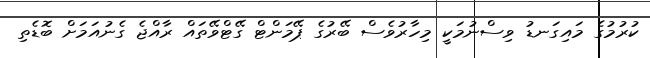
ކުރުމުގެ މައިގަނޑު ވިސްނުމަކީ މިހާރުވެސް ބޭރުގެ ޕޭމަންޓް ގޭޓްވޭތައް ރާއްޖެ ގެނުއަމަށް ބޮޑެތި